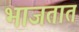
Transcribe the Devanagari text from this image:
भाजतात